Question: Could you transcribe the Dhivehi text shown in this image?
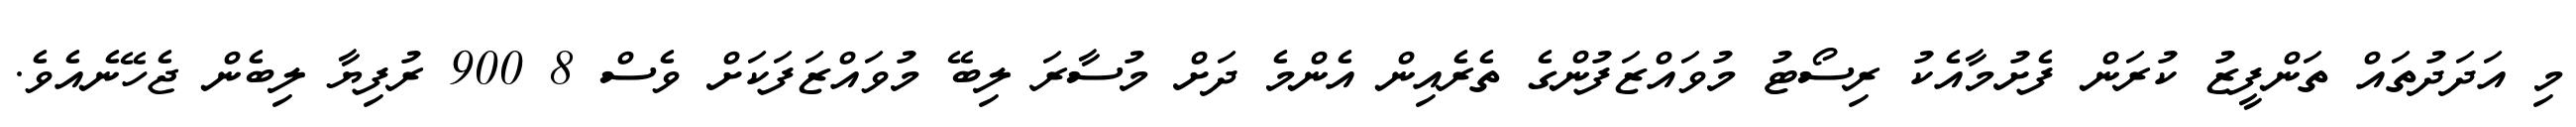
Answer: މި އަދަދުތައް ތަންފީޒު ކުރަން ފެށުމާއެކު ރިސޯޓު މުވައްޒަފުންގެ ތެރެއިން އެންމެ ދަށް މުސާރަ ލިބޭ މުވައްޒަފަކަށް ވެސް 8 900 ރުފިޔާ ލިބެން ޖެހޭނެއެވެ.